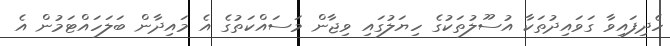
ހެދިފައިވާ ގަވައިދުތަކާ އުސޫލުތަކުގެ ހިޔަލުގައި ވިޖާން މަސައްކަތުގެ އެ މައިދާން ބަލަހައްޓަމުން އެ